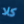
كلا